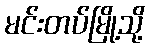
မင်းတပ်မြို့သို့